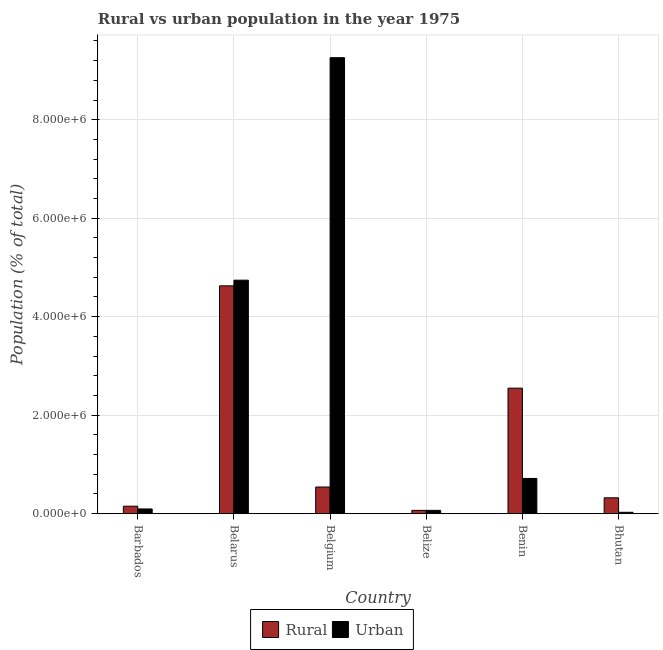
| Country | Rural | Urban |
 | --- | --- | --- |
 | Barbados | 1.51e+05 | 9.5e+04 |
 | Belarus | 4.63e+06 | 4.74e+06 |
 | Belgium | 5.41e+05 | 9.26e+06 |
 | Belize | 6.64e+04 | 6.69e+04 |
 | Benin | 2.55e+06 | 7.15e+05 |
 | Bhutan | 3.22e+05 | 2.75e+04 |